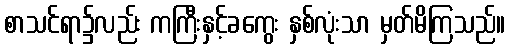
စာသင်ရာ၌လည်း ကကြီးနှင့်ခကွေး နှစ်လုံးသာ မှတ်မိကြသည်။